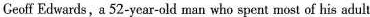
Ceoff Edwards, a 52—year—old man who spent most of his adult